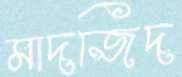
মাদজিদ